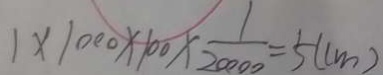
1 \times 1 0 0 0 \times 1 0 0 \times \frac { 1 } { 2 0 0 0 0 } = 5 ( c m )